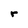
Character: r